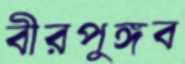
বীরপুঙ্গব